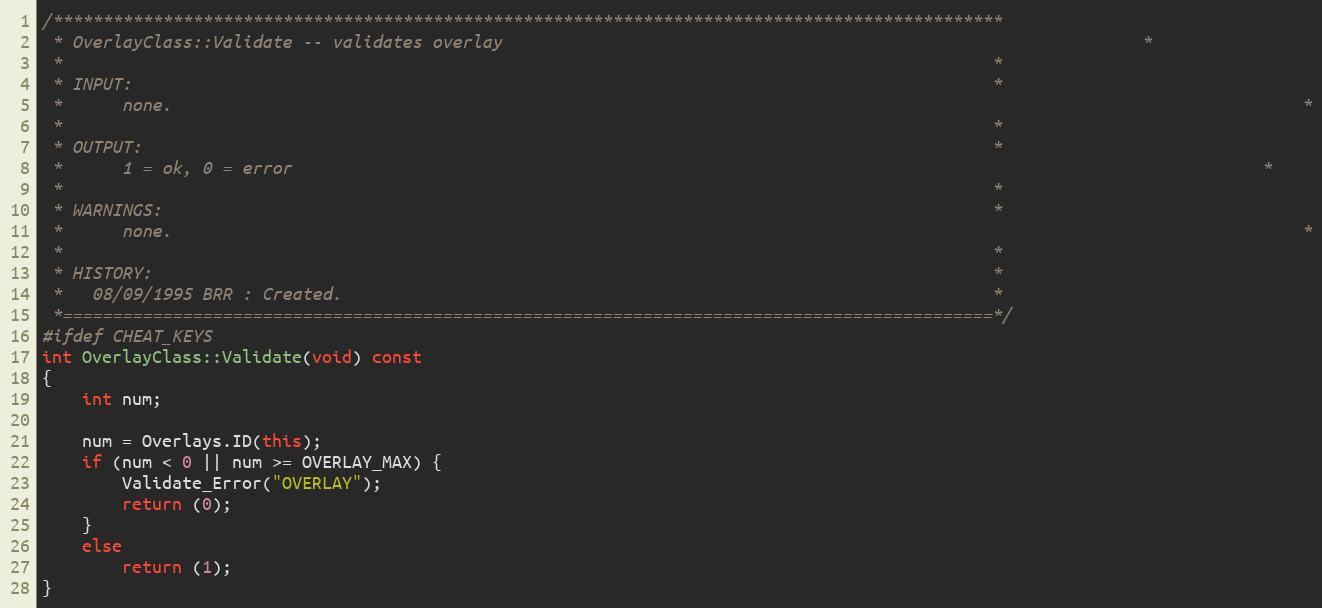
Language: C++
/***********************************************************************************************
 * OverlayClass::Validate -- validates overlay																  *
 *                                                                                             *
 * INPUT:                                                                                      *
 *		none.																												  *
 *                                                                                             *
 * OUTPUT:                                                                                     *
 *		1 = ok, 0 = error																								  *
 *                                                                                             *
 * WARNINGS:                                                                                   *
 *		none.																												  *
 *                                                                                             *
 * HISTORY:                                                                                    *
 *   08/09/1995 BRR : Created.                                                                 *
 *=============================================================================================*/
#ifdef CHEAT_KEYS
int OverlayClass::Validate(void) const
{
	int num;

	num = Overlays.ID(this);
	if (num < 0 || num >= OVERLAY_MAX) {
		Validate_Error("OVERLAY");
		return (0);
	}
	else
		return (1);
}